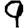
Digit: 9